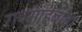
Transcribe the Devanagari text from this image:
रावसाहेबांचा